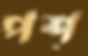
পশ্